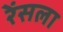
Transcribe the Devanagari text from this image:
रेंसला